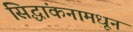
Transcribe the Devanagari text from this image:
सिद्धांकनामधून